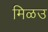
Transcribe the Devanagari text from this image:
मिळउ